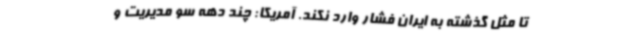
تا مثل گذشته به ایران فشار وارد نکند. آمریکا: چند دهه سو مدیریت و